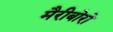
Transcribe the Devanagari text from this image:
मैरीबोरो